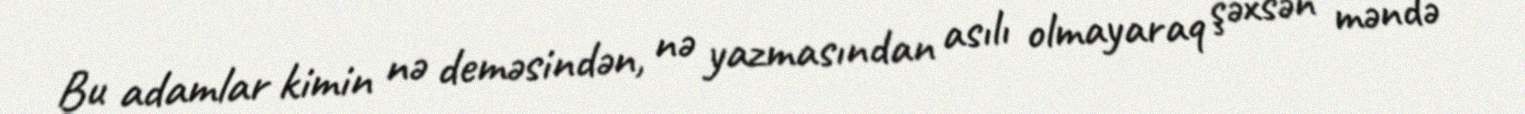
Bu adamlar kimin nə deməsindən, nə yazmasından asılı olmayaraq şəxsən məndə